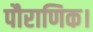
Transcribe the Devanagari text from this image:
पौराणिक।